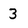
Character: 3